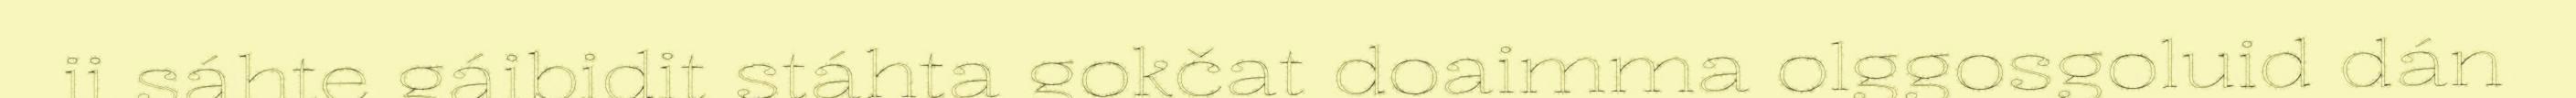
ii sáhte gáibidit stáhta gokčat doaimma olggosgoluid dán